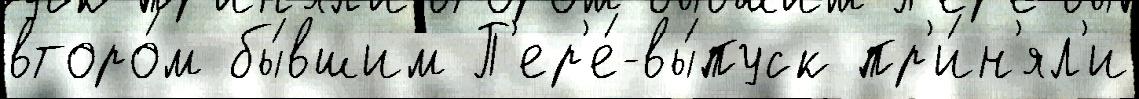
второ́м бы́вшим П'ер'е́-вы́пуск пр'и́н'ял'и